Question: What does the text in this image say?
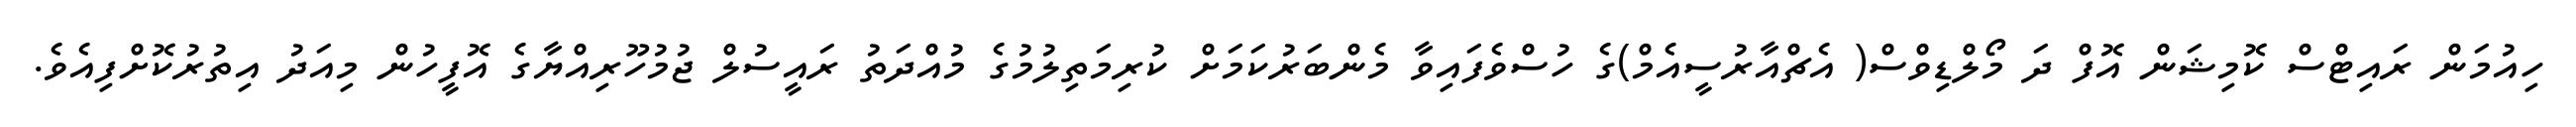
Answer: ހިއުމަން ރައިޓްސް ކޮމިޝަން އޮފް ދަ މޯލްޑިވްސް( އެޗްއާރުސީއެމް)ގެ ހުސްވެފައިވާ މެންބަރުކަމަށް ކުރިމަތިލުމުގެ މުއްދަތު ރައީސުލް ޖުމުހޫރިއްޔާގެ އޮފީހުން މިއަދު އިތުރުކޮށްފިއެވެ.